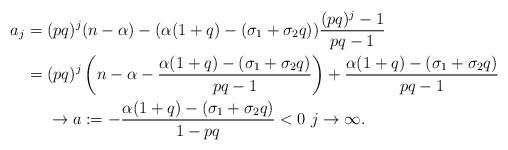
LaTeX: \begin{align*}a_j = {} & (pq)^{j}(n-\alpha) - (\alpha(1+q) - (\sigma_1 + \sigma_2 q))\frac{(pq)^j - 1}{pq-1} \\= {} & (pq)^{j}\left(n-\alpha -\frac{\alpha(1+q) - (\sigma_1 + \sigma_2 q)}{pq-1}\right) + \frac{\alpha(1+q) - (\sigma_1 + \sigma_2 q)}{pq-1} \\{} & \rightarrow a := -\frac{\alpha(1+q) - (\sigma_1 + \sigma_2 q)}{1-pq} < 0 \,\, j\rightarrow \infty.\end{align*}